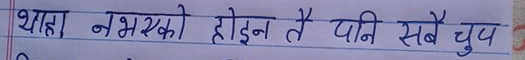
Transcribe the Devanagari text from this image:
थाहा नभएको होइन तै पनि सबै चुप